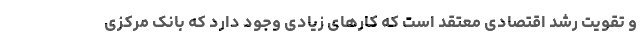
و تقویت رشد اقتصادی معتقد است که کارهای زیادی وجود دارد که بانک مرکزی